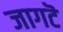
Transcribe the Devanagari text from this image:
जागटॆ